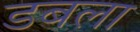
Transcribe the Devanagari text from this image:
डबला